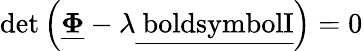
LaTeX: \mathrm{det}\left(\underline{{\boldsymbol{\Phi}}}-\lambda\mathrm{\underline{{\ boldsymbol{I}}}}\right)=0